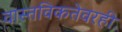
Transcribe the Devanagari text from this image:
वास्तविकतेवरही